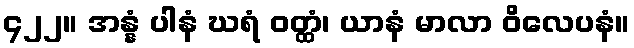
၄၂၂။ အန္နံ ပါနံ ဃရံ ဝတ္ထံ၊ ယာနံ မာလာ ဝိလေပနံ။